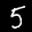
Label: 5